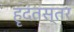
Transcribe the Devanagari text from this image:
हृदंतस्तर